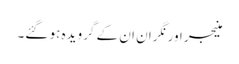
منیجر اور نگران ان کے گرویدہ ہو گئے۔